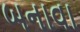
બનાવા